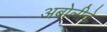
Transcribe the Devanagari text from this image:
अबोलीचे